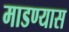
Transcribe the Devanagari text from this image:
माडण्यास